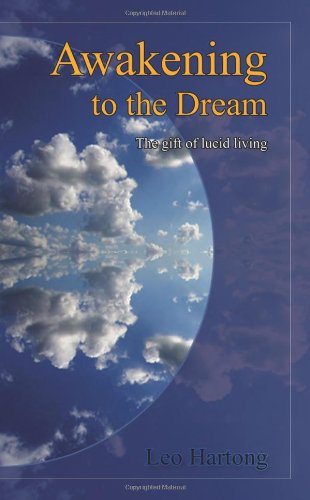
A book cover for Awakening to the Dream; Leo Hartong; Self-Help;